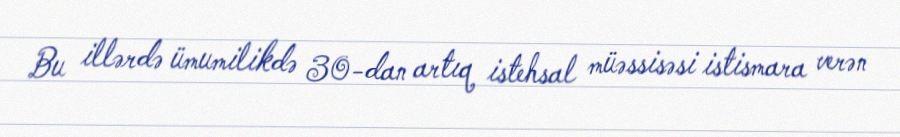
Bu illərdə ümumilikdə 30-dan artıq istehsal müəssisəsi istismara verən